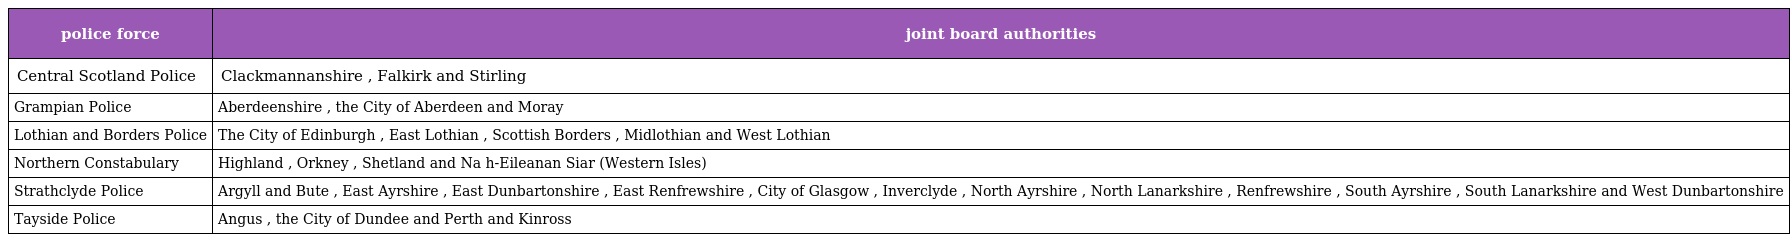
| police force | joint board authorities |
 | --- | --- |
 | Central Scotland Police | Clackmannanshire , Falkirk and Stirling |
 | Grampian Police | Aberdeenshire , the City of Aberdeen and Moray |
 | Lothian and Borders Police | The City of Edinburgh , East Lothian , Scottish Borders , Midlothian and West Lothian |
 | Northern Constabulary | Highland , Orkney , Shetland and Na h-Eileanan Siar (Western Isles) |
 | Strathclyde Police | Argyll and Bute , East Ayrshire , East Dunbartonshire , East Renfrewshire , City of Glasgow , Inverclyde , North Ayrshire , North Lanarkshire , Renfrewshire , South Ayrshire , South Lanarkshire and West Dunbartonshire |
 | Tayside Police | Angus , the City of Dundee and Perth and Kinross |